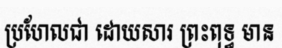
ប្រហែលជា ដោយសារ ព្រះពុទ្ធ មាន